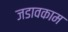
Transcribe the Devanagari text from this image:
जडावकाम